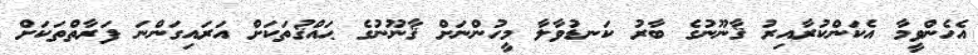
އެހެންވީމާ އެކަންކުރާއިރު ޤާނޫނުގެ ބާރު ކަނޑުވާލާ މީހުންނަށް ޤާނޫނުގެ ޙައްޤުތަކަށް އަރައިގަންނަ ފަރާތްތަކަށް